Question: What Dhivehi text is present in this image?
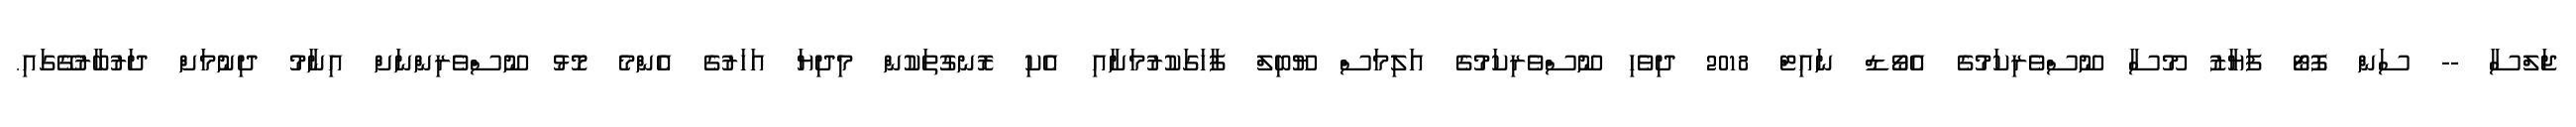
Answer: ޖަލްސާ -- ސަން ފޮޓޯ ފަޔާޒު މޫސާ ނޫސްވެރިކަމުގެ އެވޯޑް ނައިޓް 2018 ދިވެހި ނޫސްވެރިކަމުގެ އަލިމަސް ޔޫބިލް ފާހަގަކުރުމަށާއި އެކި ރޮނގުތަކުން މިދިޔަ އަހަރުގެ އެންމެ މޮޅު ނޫސްވެރިންނަށް އިނާމު ދިނުމަށް ދަރުބާރުގޭގައި.